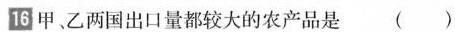
\boxed{16}甲、乙两国出口量都较大的农产品是 （ ）